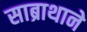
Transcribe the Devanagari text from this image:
साब्राथाने